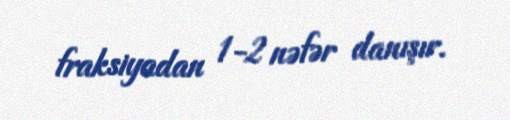
fraksiyadan 1-2 nəfər danışır.